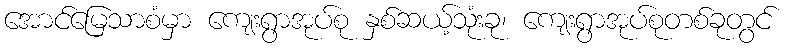
အောင်မြေသာစံမှာ ကျေးရွာအုပ်စု နှစ်ဆယ့်သုံးခု၊ ကျေးရွာအုပ်စုတစ်ခုတွင်